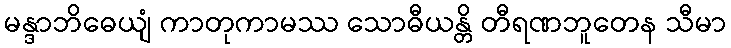
မန္ဒာဘိဓေယျံ ကာတုကာမဿ သောဓီယန္တိ တီရဏဘူတေန သီမာ